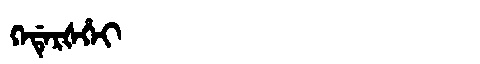
Manchu: ᡴᡝᡩᡝᡵᡧᡥᡝᡳ
Romanization: KEDERŠHEI